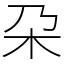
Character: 朶